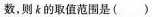
数，则k的取值范围是 ( )